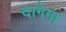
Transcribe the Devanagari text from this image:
दागेगा